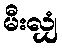
မီးလျှံ